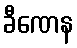
ခီဏေန